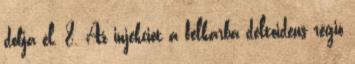
dobja el. 8. Az injekciót a felkarba deltoideus régió